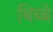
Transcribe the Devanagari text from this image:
बिब्बे